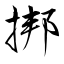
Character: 挷